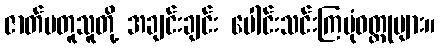
ဇာတ်မတူသူတို့ အချင်းချင်း ပေါင်းသင်းကြပုံဝတ္ထုများ။